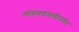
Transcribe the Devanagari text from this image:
लोहगडवाडीपर्यंत